Report on vaccination proceedings throughout the Government of Bengal -
Year: 1868
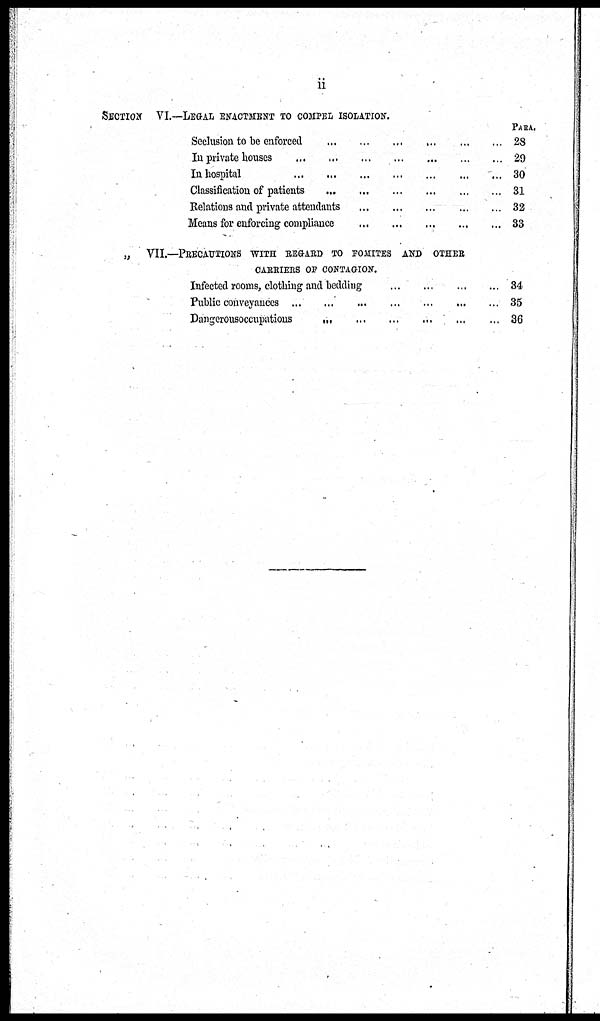
ii
SECTION VI.—LEGAL ENACTMENT TO COMPEL ISOLATION.
PARA.
Seclusion to be enforced
...
...
...
...
...
...
In private houses
...
...
...
...
...
...
...
In hospital
...
...
...
...
...
...
...
Classification of patients ... ... ... ... ... ... ... ...
Relations and private attendants
...
...
...
...
...
Means for enforcing compliance
...
...
...
...
...
„
VII.—PRECAUTIONS WITH REGARD TO FOMITES AND OTHER
CARRIERS OF CONTAGION.
Infected rooms, clothing and bedding
...
...
...
...
Public conveyances ... ... ... ... ...
Dangerousoccupations
...
...
...
...
...
...
28
29
30
31
32
33
34
35
36